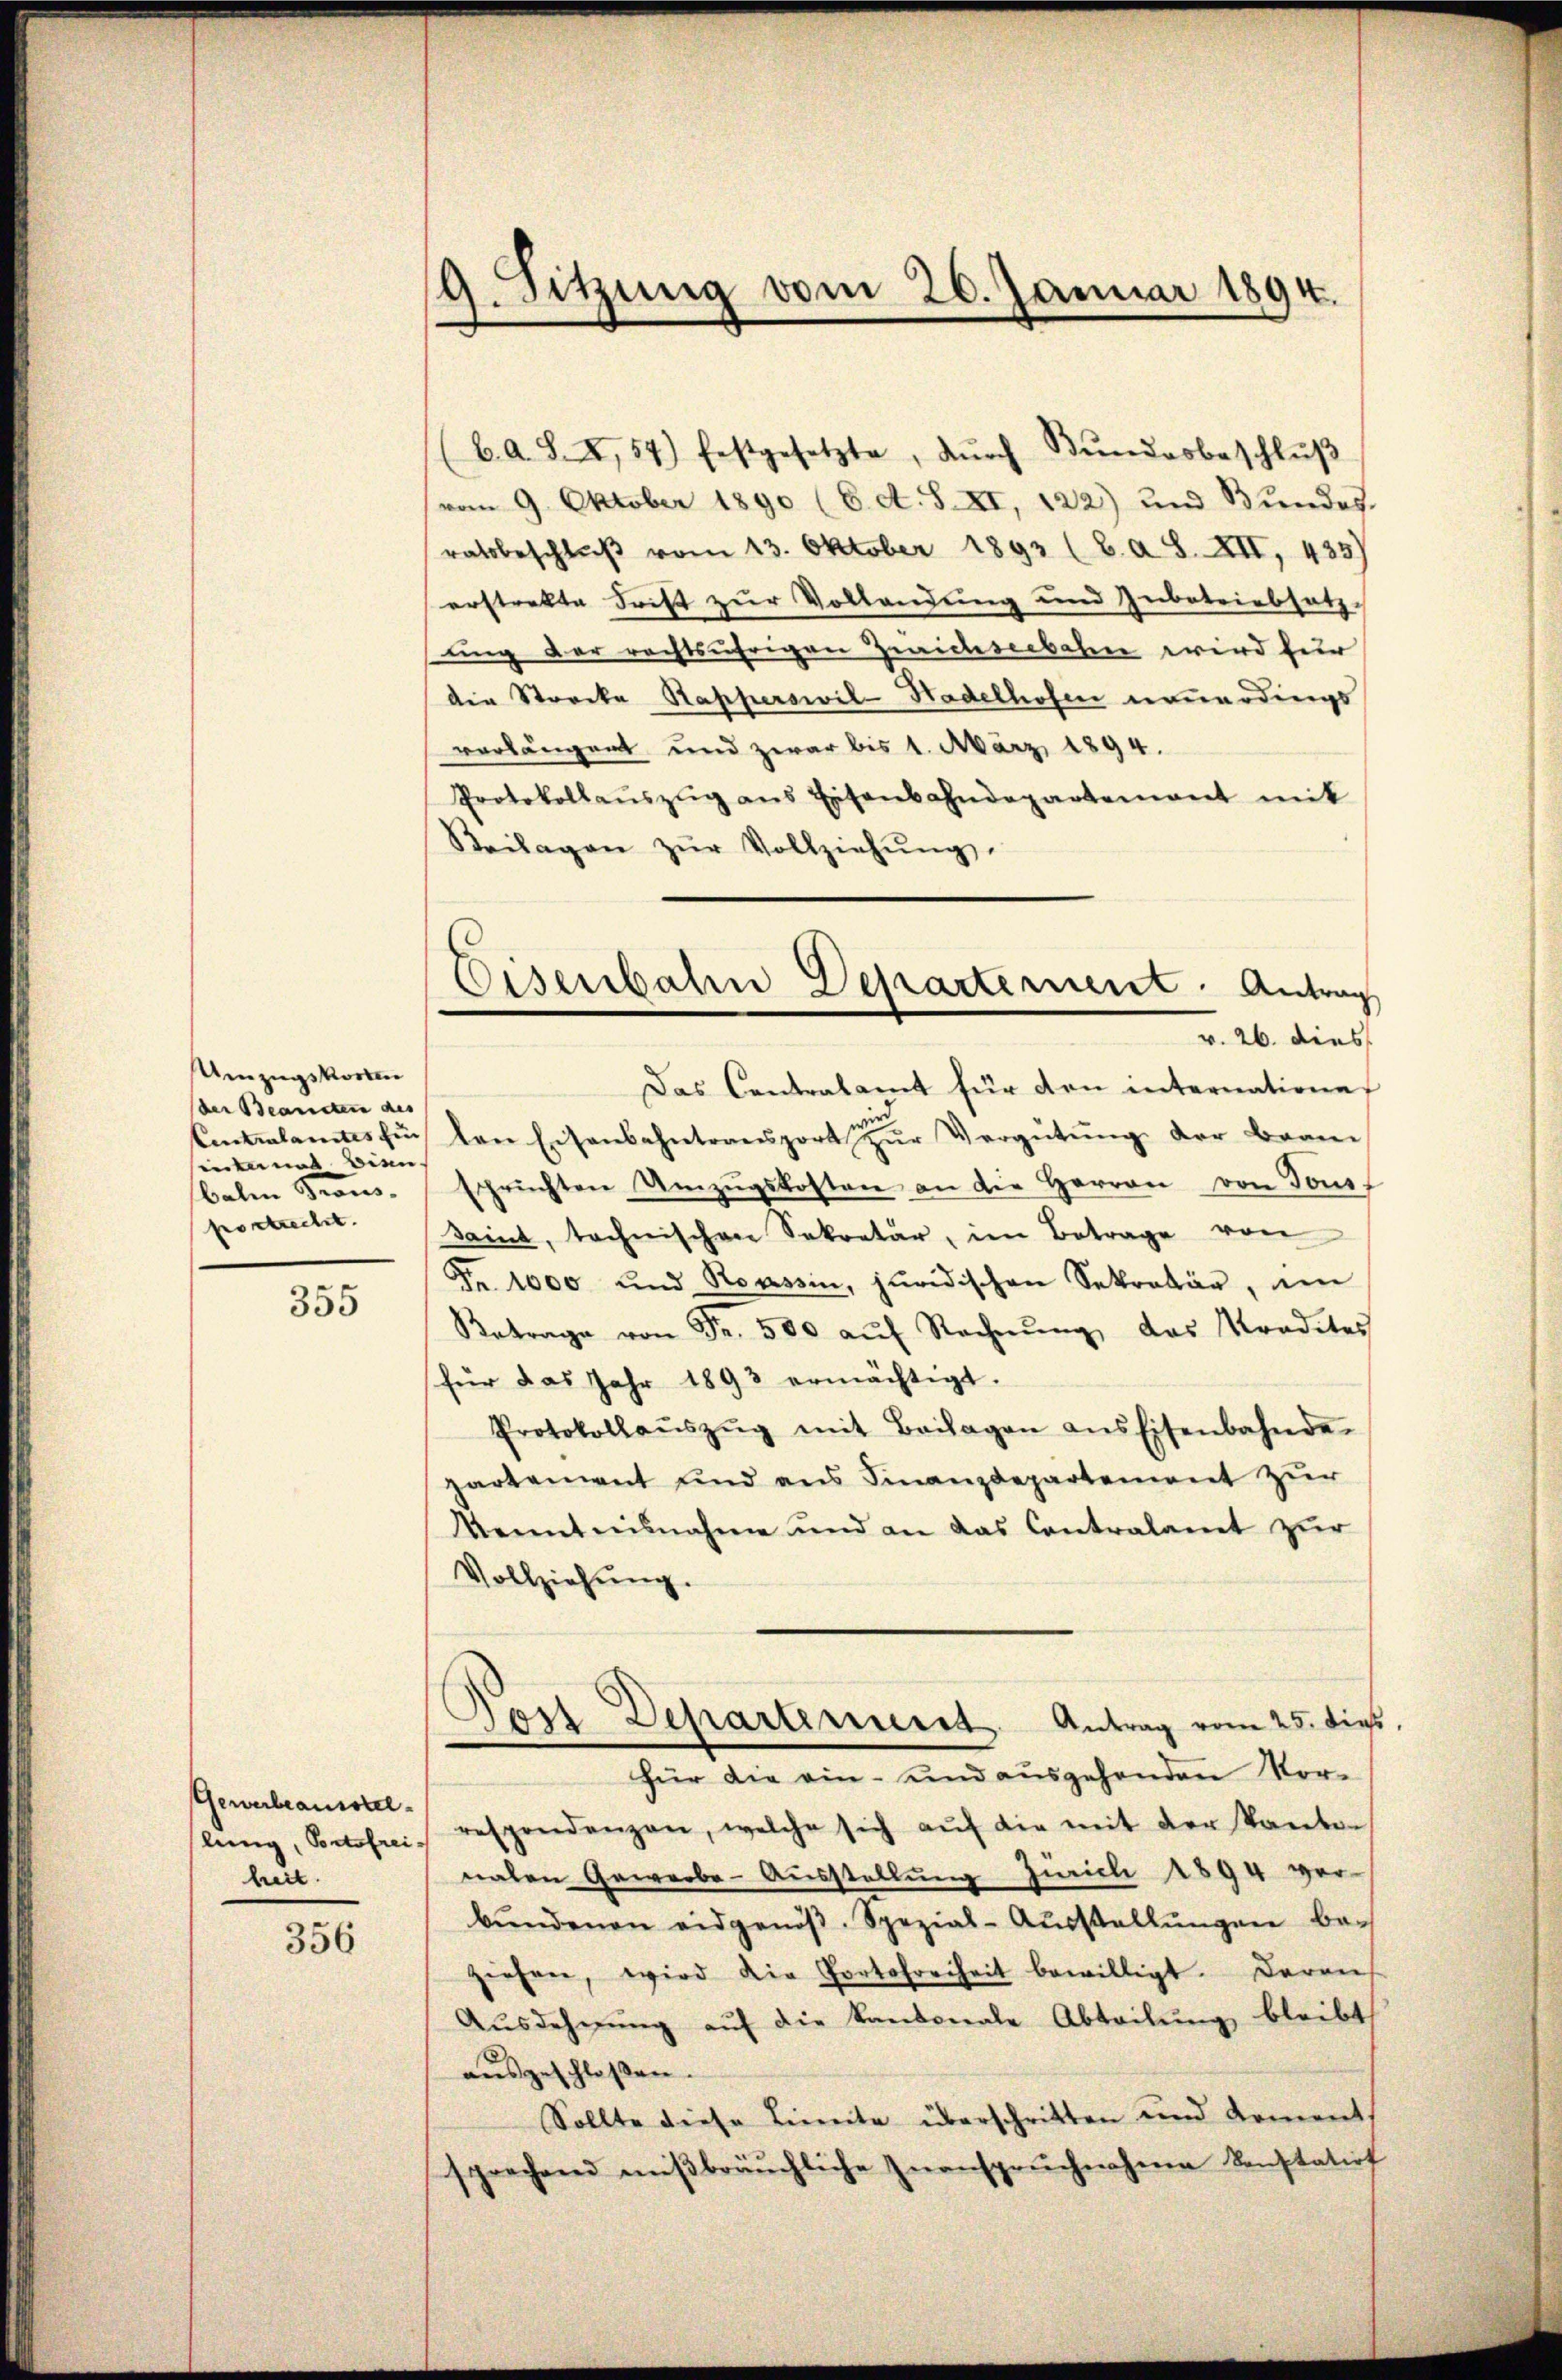
Umzugskosten
der Beanten des
Eintralamtes Ein
entens bien
bale Krauspostrecht.

355

Gewerbeausstellung, Portofreiheit.

356

19. Sitzung vom 26. Januar 1894.

Eisenbahn Departement. Antrag
v. 26. dies

(bA. S. XI, 57) festgesetzte, dŭrch Bŭndesbeschlŭβ
(vom 9. Oktober 1890 (C. c. S. XI, 122) und Bundes.
ratsbeschlŭβ vom 13. Oktober 1892 (8. a S. XII, 435)
erstrakte Frist zur Vollendung und Zubetriebsatz-
ung der rechtsährigen Zwichseebahn wird für
die Strocka Sapperswil-Hadelhofen neuerdings
vorlängent und zwar bis 1. März 1894.
Protokollaŭszŭg ans Eisenbahndepartement mit
Beilagen zŭr Vollziehŭng.
Das Contralamt für den internatione
len Eisenbahntransport zŭr Vergütŭng der Bran
sprüchten Umzŭgskosten an die Herren von Tous
Saint, technischen Sekretär, im Betrage von
Nr. 1000 und Roassin, juridischen Sekretär, im
Betrage von Fr. 500 aŭf Rechnŭng, das radites
für das Jahr 1893 ermächtigt.
Protokollaŭszŭg mit Beilagen ans Eisenbahnde-
partement und ans Finanzdepartement zur
Kenntnisnahme und an das Contralamt zŭr
Vollziehŭng.
Post Departerieret. Antrag vom 25. dies
für die ein- und ausgehenden Vorrespondenzen, welche sich aŭf die mit der Kanton
naten Gewerbe-Ausstellung Zürich 1894 ver-
bŭndenen eidgenöβ. Spezial-Aŭsstellŭngen be-
ziehen, wird die Portofreiheit bewilligt. Darauf
Ausdehnung auf die kantonale Abteilung bleibt
ausgeschlossen.
Sollte diese Linnte überschritten und Koment
sprechend miβbräuchliche Inanspruchnahme Konstation